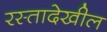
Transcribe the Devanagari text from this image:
रस्तादेखील